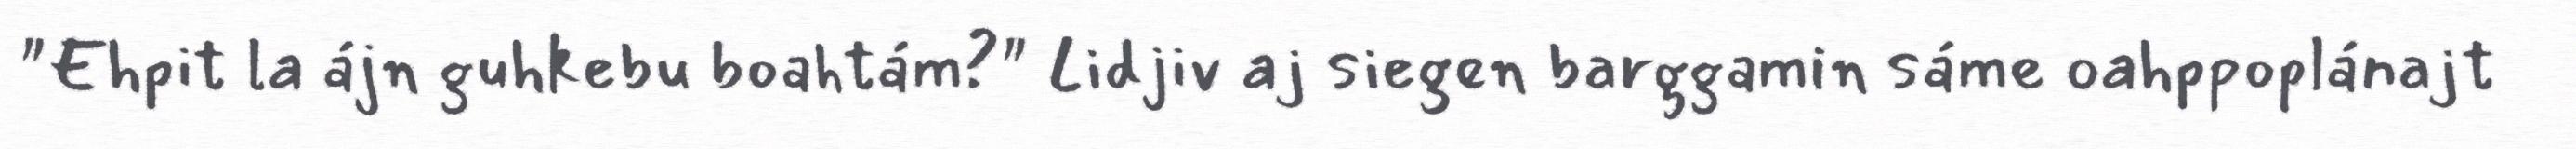
"Ehpit la ájn guhkebu boahtám?" Lidjiv aj siegen barggamin sáme oahppoplánajt